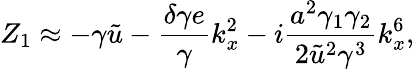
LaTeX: Z_{1}\approx-\gamma\tilde{u}-\frac{\delta\gamma e}{\gamma}k_{x}^{2}-i\frac{a^{2}\gamma_{1}\gamma_{2}}{2\tilde{u}^{2}\gamma^{3}}k_{x}^{6},